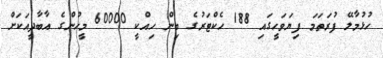
ހުޅުމާލޭ ފުރަތަމަ ފިޔަވަހީގައި 188 ހެކްޓަރުގެ ބިން ހިއްކީ 60000 މީހުންގެ އާބާދީއަކަށް